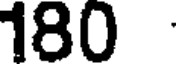
180